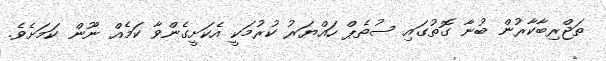
ތަޖްރިބާކާރުން ބުނާ ގޮތުގައި ސުތެޕް ހައްޔަރު ކުރުމަކީ އެކަށީގެންވާ ކަމެއް ނޫން ކަމަށެވެ.